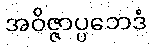
အဝိဇ္ဇာပ္ပဘေဒံ